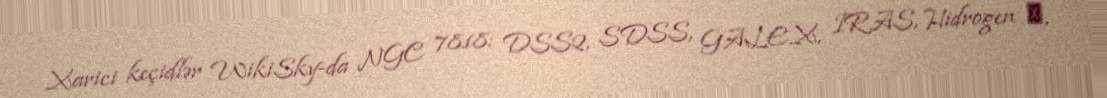
Xarici keçidlər WikiSky-da NGC 7818: DSS2, SDSS, GALEX, IRAS, Hidrogen α,